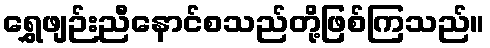
ရွှေဖျဉ်းညီနောင်စသည်တို့ဖြစ်ကြသည်။